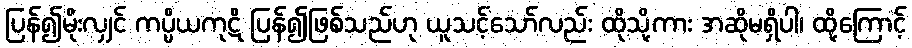
ပြန်၍မိုးလျှင် ကပ္ပိယကုဋိ ပြန်၍ဖြစ်သည်ဟု ယူသင့်သော်လည်း ထိုသို့ကား အဆိုမရှိပါ၊ ထို့ကြောင့်